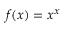
f ( x ) = x ^ { x }